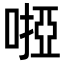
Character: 𠻺